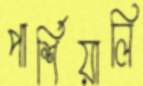
পার্শিয়ালি